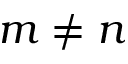
m \neq n